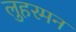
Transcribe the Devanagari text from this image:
लुहरमन